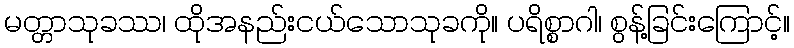
မတ္တာသုခဿ၊ ထိုအနည်းငယ်သောသုခကို။ ပရိစ္စာဂါ၊ စွန့်ခြင်းကြောင့်။